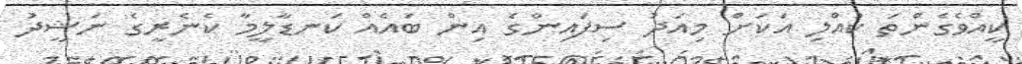
ކީއްވެގެންތަ ކުއްލި އަކަށް މިއަދު ސިފައިންގެ އިން ބައެއް ކަނޑާލީމާ ކެނެރީގެ ނަޝީދު